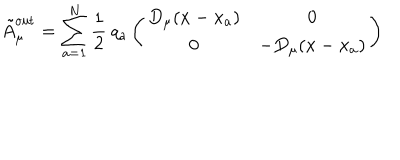
LaTeX: \tilde { A } _ { \mu } ^ { \mathrm { o u t } } = \sum _ { a = 1 } ^ { N } { \frac { 1 } { 2 } } \: q _ { a } \left( \begin{matrix} { { D _ { \mu } ( x - x _ { a } ) } } & { { 0 } } \\ { { 0 } } & { { - D _ { \mu } ( x - x _ { a } ) } } \\ \end{matrix} \right)